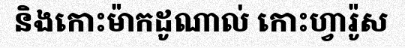
និងកោះម៉ាកដូណាល់ កោះហ្វារ៉ូស